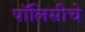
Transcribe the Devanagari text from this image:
पॉलिसीचे